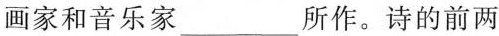
画家和音乐家___所作。诗的前两